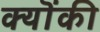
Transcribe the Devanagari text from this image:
क्यॊंकी